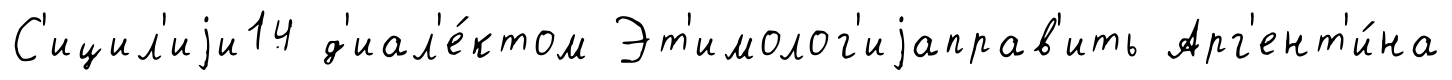
С'ицил'иjи14 д'иал'е́ктом Эт'имолог'иjаправ'ить Арг'ент'и́на